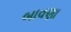
બાવણા